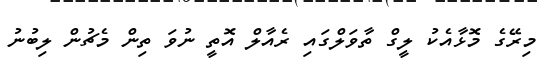
މިރޭގެ މޮޅާއެކު ލީގް ތާވަލްގައި ރެއާލް އޮތީ ނުވަ ތިން މެޗުން ލިބުނު